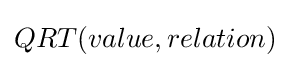
QRT(value,relation)